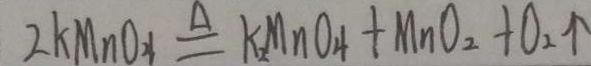
2 k M n o _ { 4 } \xlongequal { \Delta } k _ { 2 } M n O _ { 4 } + M n O _ { 2 } + O _ { 2 } \uparrow